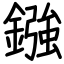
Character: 鏹